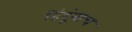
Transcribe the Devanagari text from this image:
हिंदूंनाच